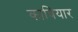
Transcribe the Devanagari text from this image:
कावियार